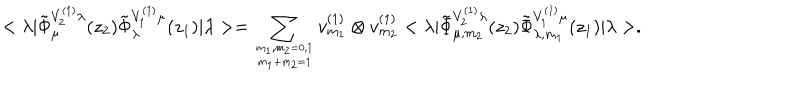
< \lambda | \tilde { \Phi } _ { \mu } ^ { V _ { 2 } ^ { ( 1 ) } \lambda } ( z _ { 2 } ) \tilde { \Phi } _ { \lambda } ^ { V _ { 1 } ^ { ( 1 ) } \mu } ( z _ { 1 } ) | \lambda > = \sum _ { m _ { 1 } , m _ { 2 } = 0 , 1 \atop m _ { 1 } + m _ { 2 } = 1 } v _ { m _ { 1 } } ^ { ( 1 ) } \otimes v _ { m _ { 2 } } ^ { ( 1 ) } < \lambda | \tilde { \Phi } _ { \mu , m _ { 2 } } ^ { V _ { 2 } ^ { ( 1 ) } \lambda } ( z _ { 2 } ) \tilde { \Phi } _ { \lambda , m _ { 1 } } ^ { V _ { 1 } ^ { ( 1 ) } \mu } ( z _ { 1 } ) | \lambda > .